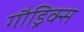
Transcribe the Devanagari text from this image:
गौड्रिक्स